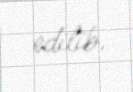
edilib.